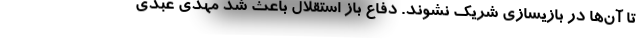
تا آن‌ها در بازیسازی شریک نشوند. دفاع باز استقلال باعث شد مهدی عبدی